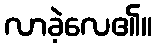
လာခဲ့လေ၏။